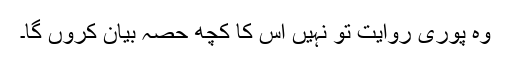
وہ پوری روایت تو نہیں اس کا کچھ حصہ بیان کروں گا۔